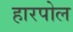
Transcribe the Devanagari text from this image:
हारपोल